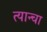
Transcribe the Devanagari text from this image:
त्यान्चा